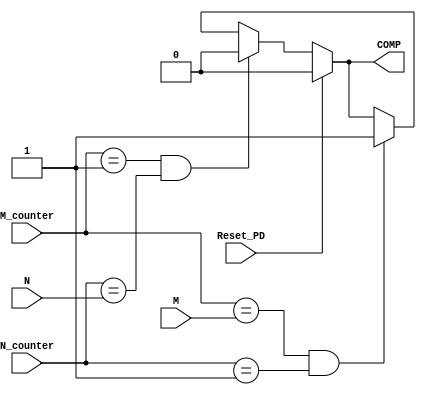
module PD(
    output reg COMP,
    input Reset_PD,
    input [1:0] M_counter,
    input [3:0] N_counter,
	input [1:0] M,
	input [3:0] N
);  
    reg COMP_tmp;
    always @(*) begin
        if(Reset_PD) begin
            COMP = 0;
        end else if((M_counter == 1) && (N_counter == N)) begin
            COMP = 0;
        end else if((M_counter == M) && (N_counter == 1)) begin
            COMP = 1;
        end else begin
            COMP = COMP_tmp;
        end
    end
    
    always @(*) begin
        COMP_tmp = COMP;
    end
endmodule